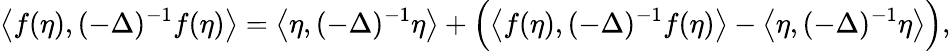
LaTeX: \big\langle f(\eta),(-\Delta)^{-1}f(\eta)\big\rangle=\big\langle\eta,(-\Delta)^{-1}\eta\big\rangle+\Big(\big\langle f(\eta),(-\Delta)^{-1}f(\eta)\big\rangle-\big\langle\eta,(-\Delta)^{-1}\eta\big\rangle\Big),